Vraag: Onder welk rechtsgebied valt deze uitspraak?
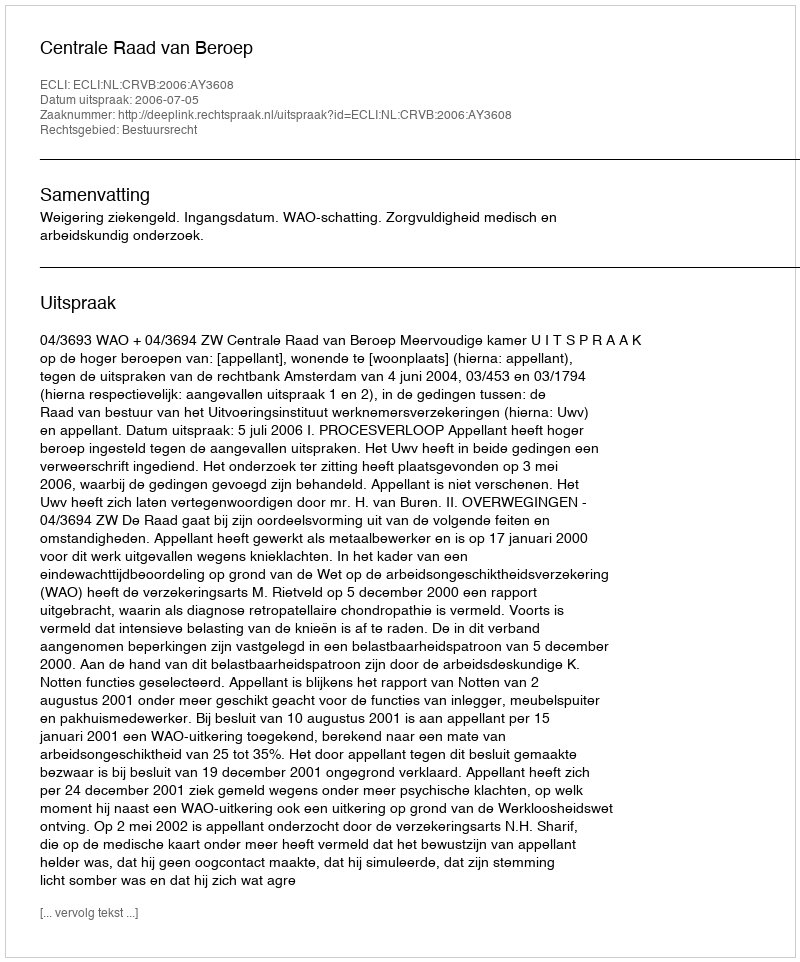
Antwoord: Bestuursrecht